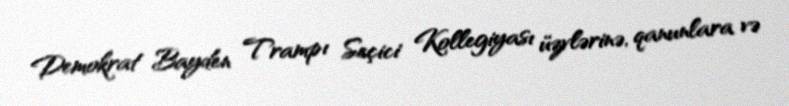
Demokrat Bayden Trampı Seçici Kollegiyası üzvlərinə, qanunlara və